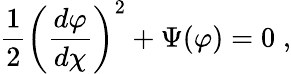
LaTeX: \frac{1}{2}\left(\frac{d\varphi}{d\chi}\right)^{2}+\Psi(\varphi)=0\; ,